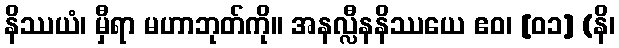
နိဿယံ၊ မှီရာ မဟာဘုတ်ကို။ အနလ္လီနနိဿယေ ဧဝ၊ [၀၁] (နိ၊